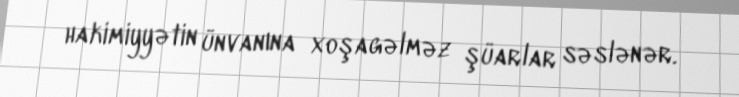
hakimiyyətin ünvanına xoşagəlməz şüarlar səslənər.